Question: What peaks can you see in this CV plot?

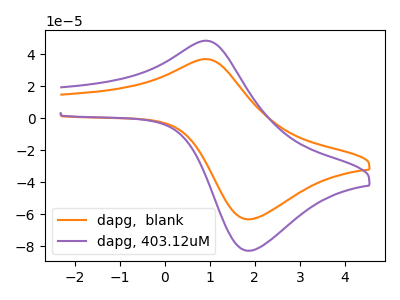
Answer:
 <answer>The orange curve "dapg,  blank" has an anodic peak at (0.90V, 36.85uA) and a cathodic peak at (1.90V, -63.15uA). The purple curve "dapg, 403.12uM" has an anodic peak at (0.90V, 48.30uA) and a cathodic peak at (1.90V, -82.75uA).</answer>
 <eval></eval>